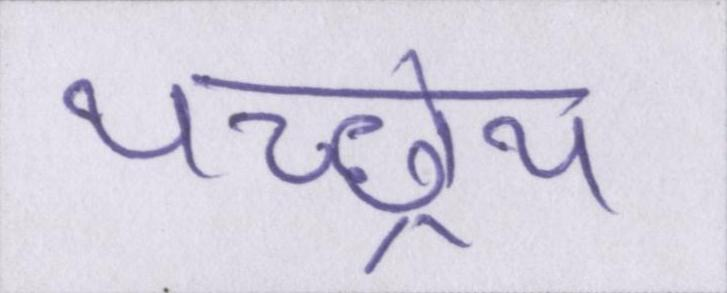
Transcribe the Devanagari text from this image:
यच्छ्रेय